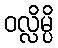
ဝလ္လိမ္ပိ